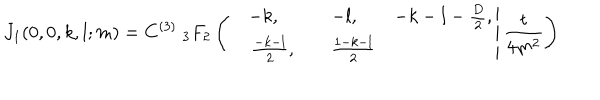
J _ { 1 } ( 0 , 0 , k , l ; m ) = C ^ { ( 3 ) } \; _ { 3 } F _ { 2 } \left( \left. \begin{matrix} { { - k , } } & { { - l , } } & { { - k - l - \frac { D } { 2 } , } } \\ { { \quad \frac { - k - l } { 2 } , } } & { { \quad \frac { 1 - k - l } { 2 } } } \\ \end{matrix} \right| \frac { t } { 4 m ^ { 2 } } \right)